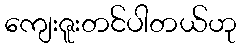
ကျေးဇူးတင်ပါတယ်ဟု